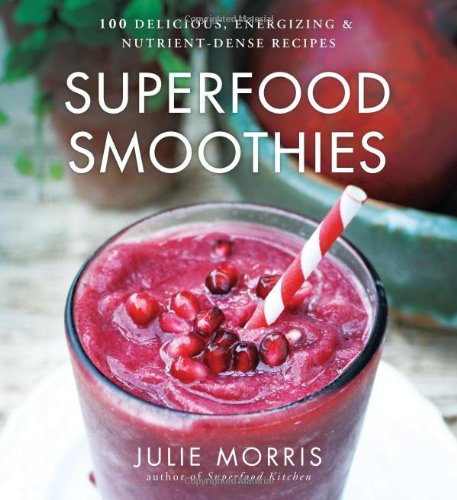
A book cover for Superfood Smoothies: 100 Delicious, Energizing & Nutrient-dense Recipes; Julie Morris; Cookbooks, Food & Wine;